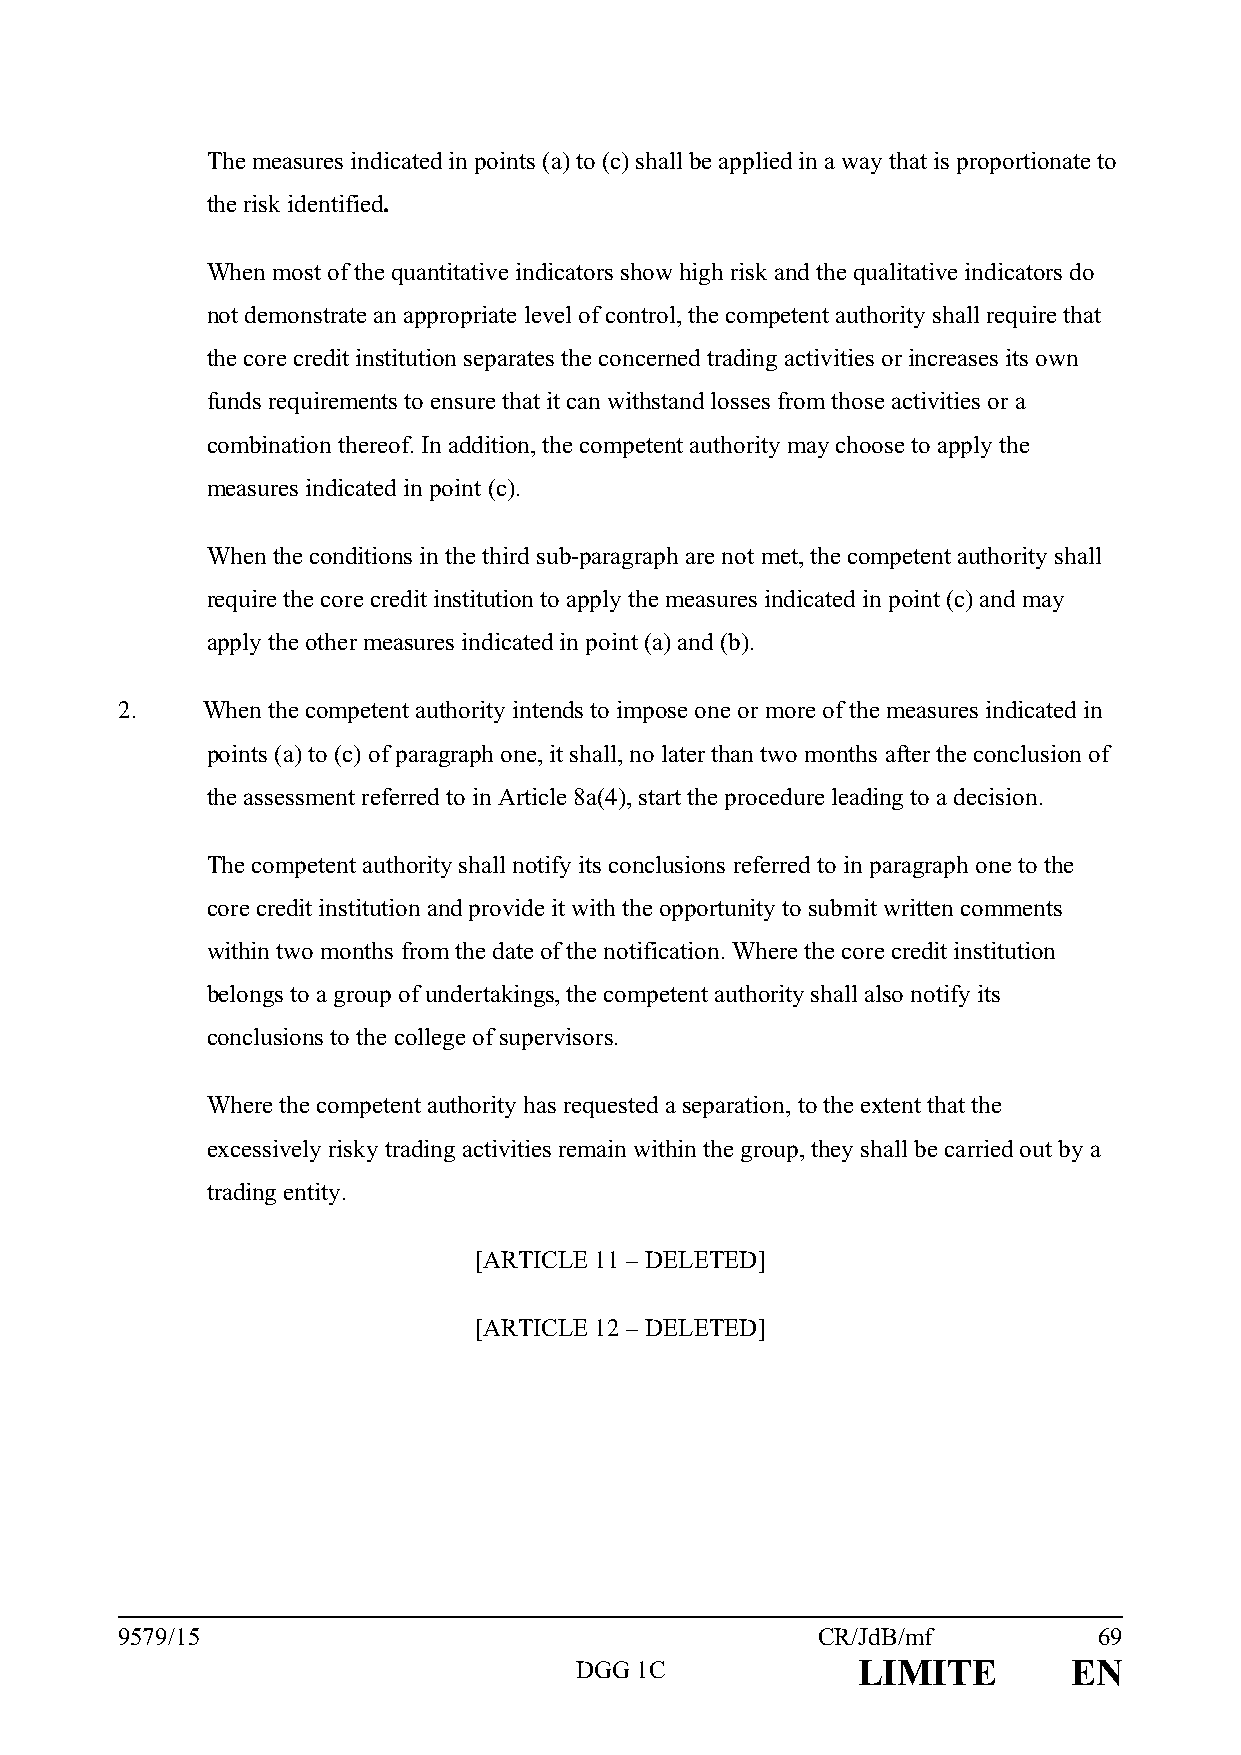
The measures indicated in points (a) to (c) shall be applied in a way that is proportionate to
 the risk identified.
 When most of the quantitative indicators show high risk and the qualitative indicators do
 not demonstrate an appropriate level of control, the competent authority shall require that
 the core credit institution separates the concerned trading activities or increases its own
 funds requirements to ensure that it can withstand losses from those activities or a
 combination thereof. In addition, the competent authority may choose to apply the
 measures indicated in point (c).
 When the conditions in the third sub-paragraph are not met, the competent authority shall
 require the core credit institution to apply the measures indicated in point (c) and may
 apply the other measures indicated in point (a) and (b).
 2.   When the competent authority intends to impose one or more of the measures indicated in
 points (a) to (c) of paragraph one, it shall, no later than two months after the conclusion of
 the assessment referred to in Article 8a(4), start the procedure leading to a decision.
 The competent authority shall notify its conclusions referred to in paragraph one to the
 core credit institution and provide it with the opportunity to submit written comments
 within two months from the date of the notification. Where the core credit institution
 belongs to a group of undertakings, the competent authority shall also notify its
 conclusions to the college of supervisors.
 Where the competent authority has requested a separation, to the extent that the
 excessively risky trading activities remain within the group, they shall be carried out by a
 trading entity.
 [ARTICLE 11 – DELETED]
 [ARTICLE 12 – DELETED]
 9579/15                                       CR/JdB/mf          69
 DGG 1C             LIMITE        EN